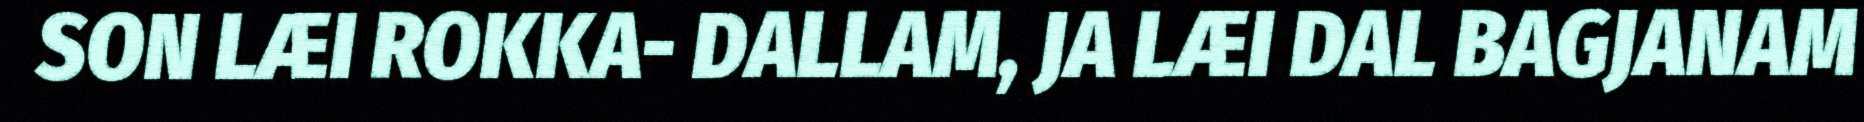
SON LÆI ROKKA- DALLAM, JA LÆI DAL BAGJANAM